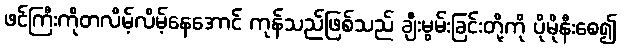
ဖင်ကြီးကိုတလိမ့်လိမ့်နေအောင် ကုန်သည်ဖြစ်သည် ချီးမွမ်းခြင်းတို့ကို ပိုမိုနီးစေ၍